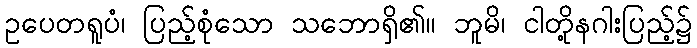
ဥပေတရူပံ၊ ပြည့်စုံသော သဘောရှိ၏။ ဘူမိ၊ ငါတို့နဂါးပြည့်၌